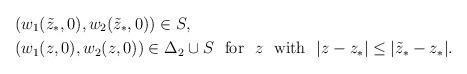
LaTeX: \begin{align*}&(w_1(\tilde{z}_*,0),w_2(\tilde{z}_*,0))\in S,\\&(w_1(z,0),w_2(z,0))\in \Delta_2\cup S\ \ {\rm for}\ \ z\ \ {\rm with}\ \ |z-z_*|\leq|\tilde{z}_*-z_*|.\end{align*}